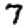
Digit: 7